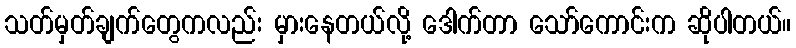
သတ်မှတ်ချက်တွေကလည်း မှားနေတယ်လို့ ဒေါက်တာ သော်ကောင်းက ဆိုပါတယ်။